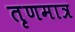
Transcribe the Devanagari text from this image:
तृणमात्र